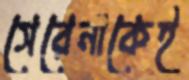
সেরেনাকেই